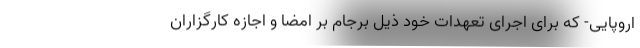
اروپایی- که برای اجرای تعهدات خود ذیل برجام بر امضا و اجازه کارگزاران